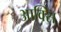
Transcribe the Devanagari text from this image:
आक्सि